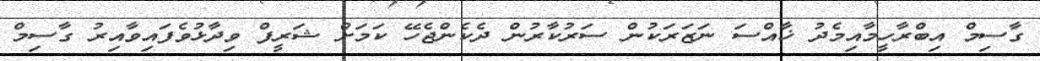
ގާސިމް އިބްރާހީމާއިމެދު ޚާއްސަ ނަޒަރަކުން ސަރުކާރުން ދެކެންޖެހޭ ކަމަށް ޝަރީފް ވިދާޅުވެފައިވާއިރު ގާސިމް